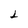
Character: 2